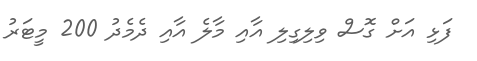
ފަޅި އަށް ގޮސް ވިލިގިލި އާއި މާލެ އާއި ދެމެދު 200 މީޓަރު